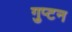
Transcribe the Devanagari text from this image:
गुप्टन